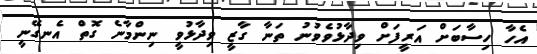
އެހާ ހިސާބަށް އަރީފަށް ވިދާޅުވެވުނު ތަނާ ގާޒީ ވިދާޅުވީ ނިންމާނެ ގޮތް އެނގޭނީ